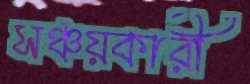
সঞ্চয়কারী